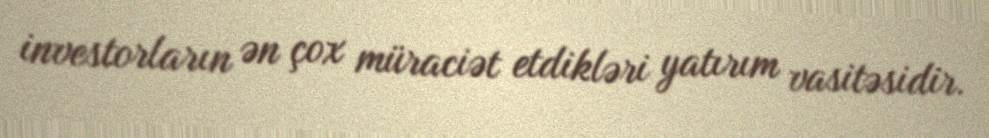
investorların ən çox müraciət etdikləri yatırım vasitəsidir.